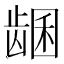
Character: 𬺊